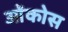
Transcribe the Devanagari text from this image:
ओंकोस